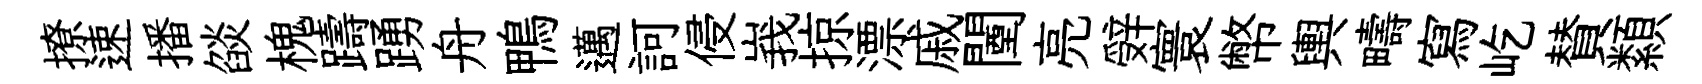
撩速播燄槐躊踴舟鴨邁訶侵峩掠漂戚闉亮辤寰幣輿疇寫屹賛纇